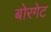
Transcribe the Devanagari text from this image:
बोरगेट